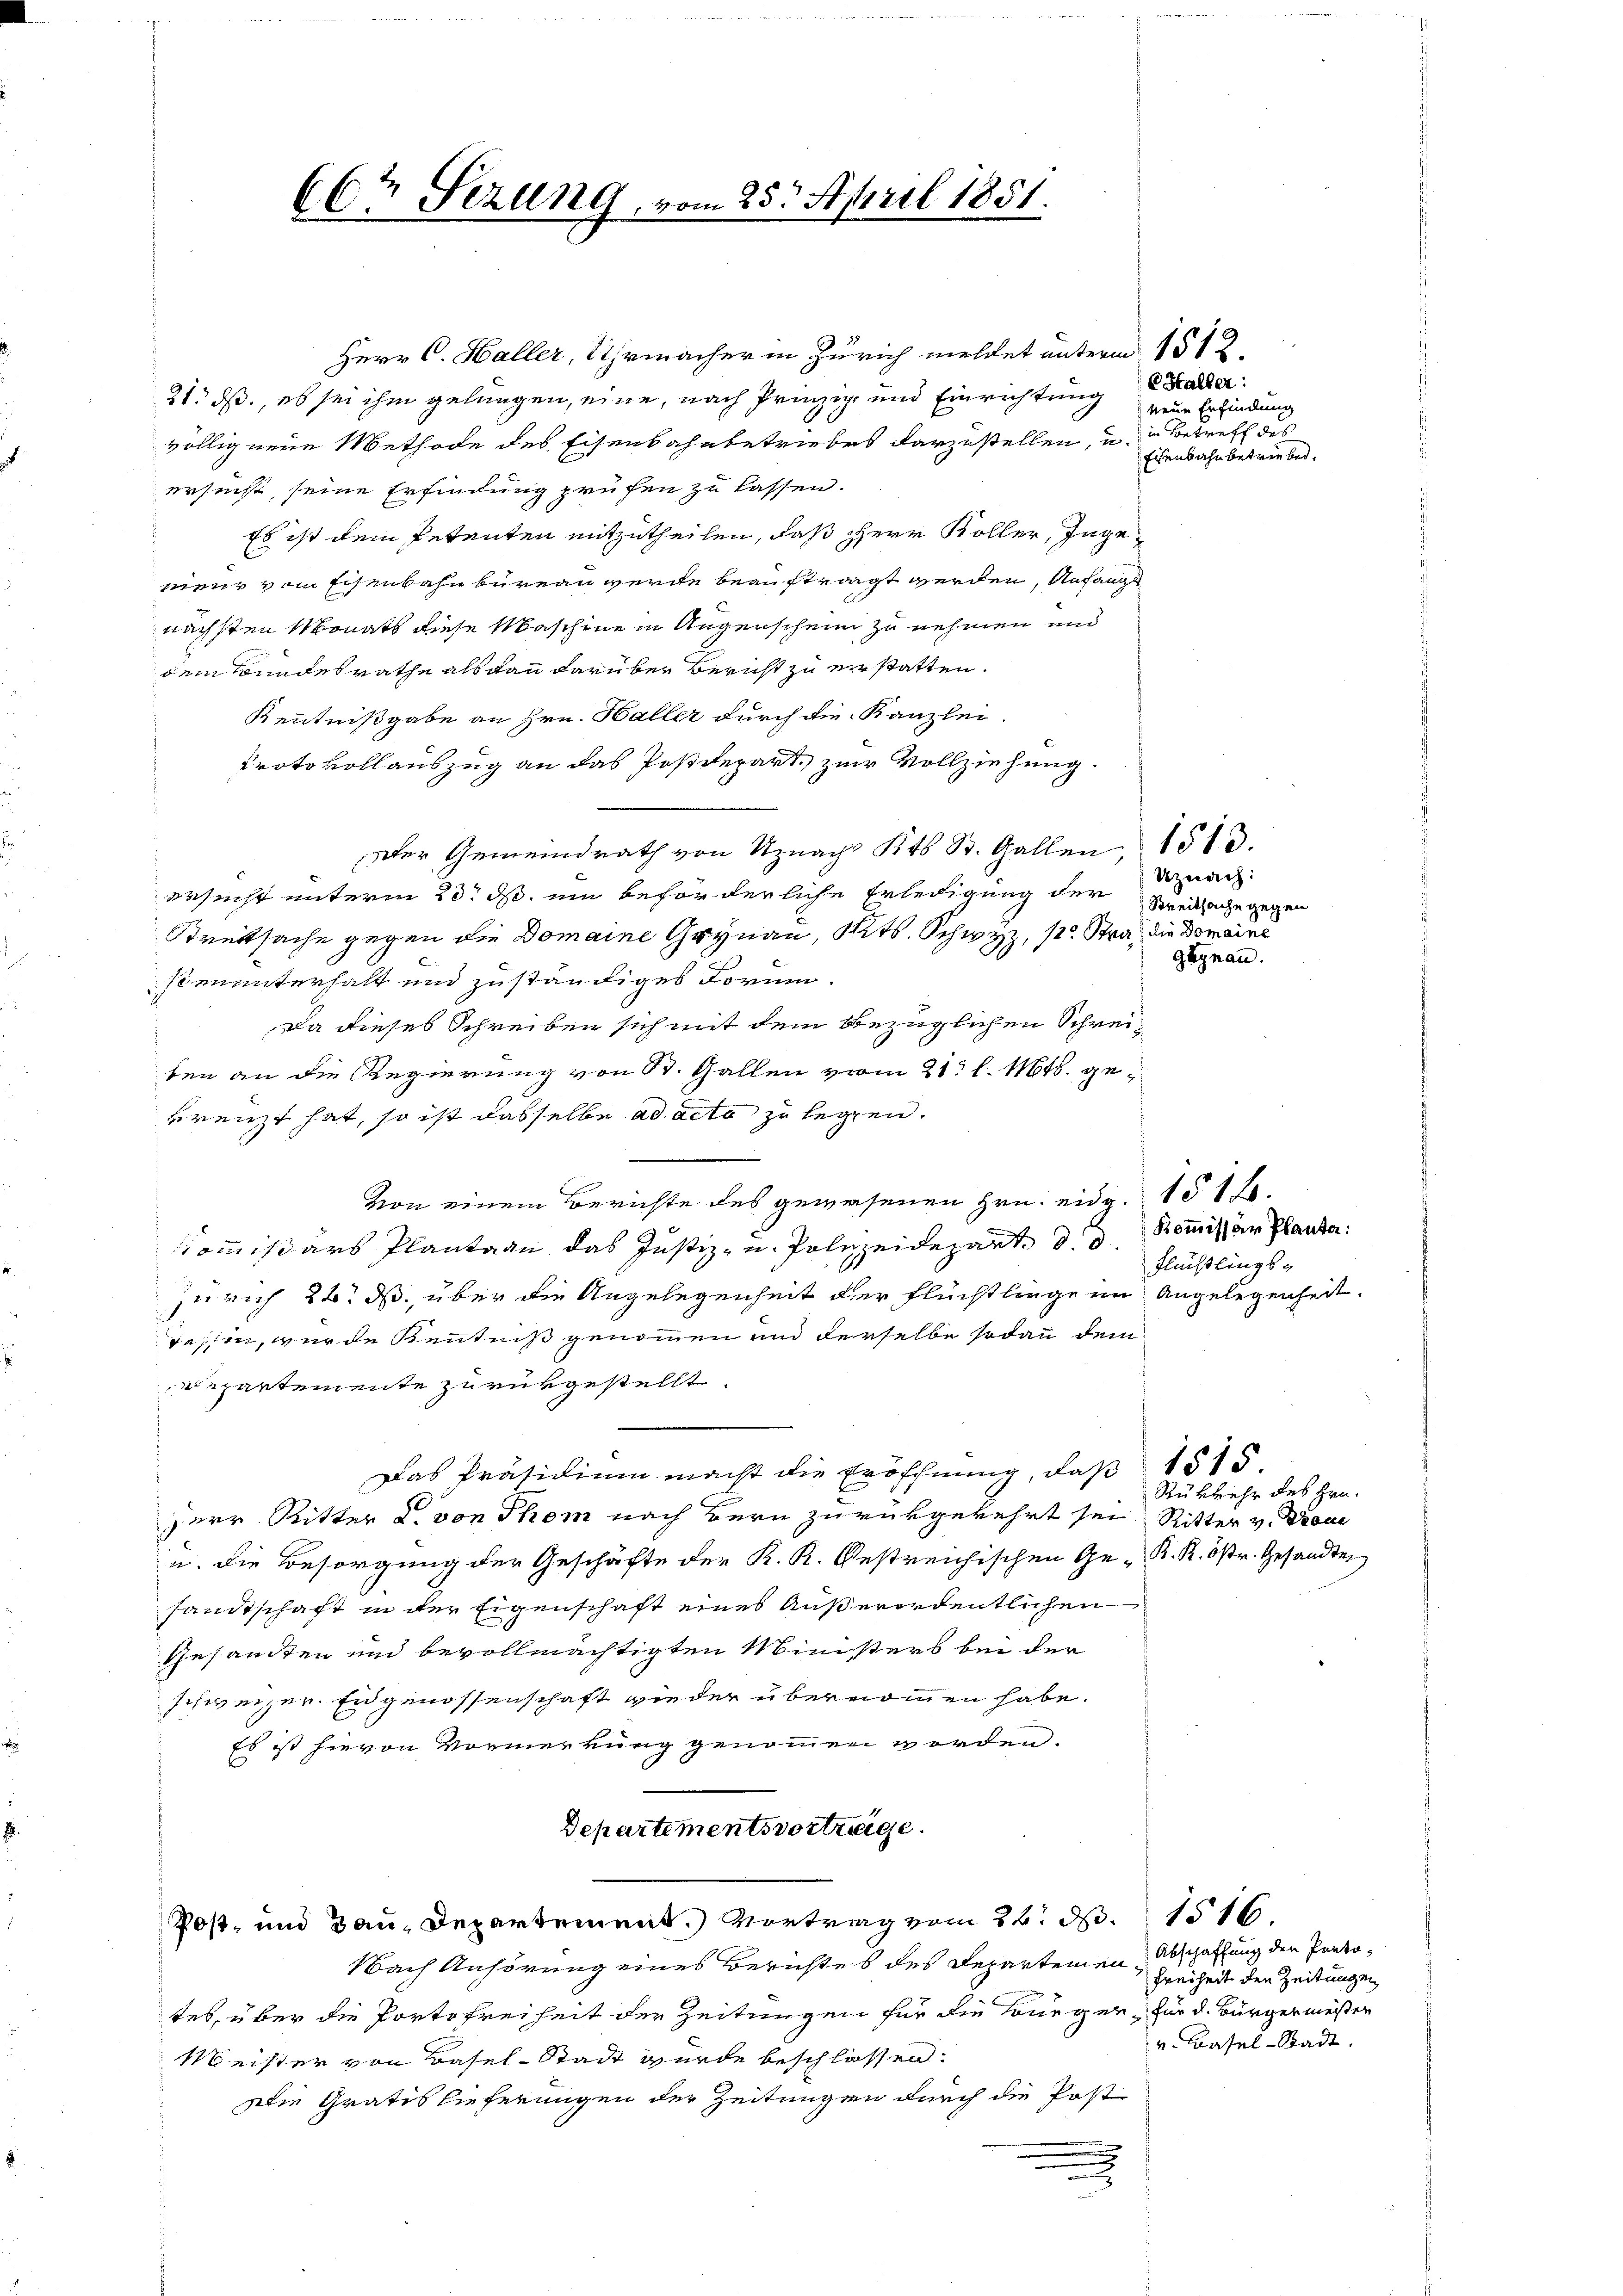
(Cr Sezung, vom 25. April 1851.

Post- und Bau-Departement.) Vortrag vom 26. d. 151.
Nach Anhörung eines Berichtes des Departemen, zuerheit den Zeitungen

Herr C. Haller, Uhrmacher in Zürich mehret unterm 1512
21. ds., es sei ihm gelungen, eine, nach Prinzip und Einrichtung
völlig neue Methode des Eisenbahnbetriebes darzustellen, u. in Betreff des
ersucht, seine Erfindung prüfen zu lassen.
Es ist dem Petenten mitzutheilen, daß Herr Koller, Ingeneur vom Eisenbahn bureau werde beauftragt werden, Anfange
nächsten Monats diese Maschine in Augenschein zu nehmen und
dem Bundesrathe als dann darüber Bericht zu erstatten.
Kenntnißgabe an Hrn. Haller durch die Kanzlei-
Protokollauszug an das Postdepart, zur Vollziehung.
Der Gemeindrath von Uznach Kts St. Gallen, 1513.
ersucht unterm 20. ds. ein beförderliche Erledigung der Kreisache gegen
Streitsache gegen die Domaine Grynau, Kts. Schwyz, 1. Stra die Domaine
senunterhalt und zuständiges Torni.
Da dieses Schreiben sich mit dem bezüglichen Schreiben an die Regierung von St. Gallen vom 21. l. Mts. gekreuzt hat, so ist dasselbe ad acta zu legen.
von einem Berichte des gewesenen Hrn. eidg. 151 f.
Commissärs Plantaan das Justiz- u. Polizeidepart. d. d.
zurich 24. ds. über die Angelegenheit der Flüchtliege im Angelegenheit,
Festen, wurde Kenntniß genommen und derselbe sodann dem
epartemente zurükgestellt
Das Präsidium macht die Eröffnung, daß 1515.
Herr Ritter u. von Thom nach Bern zurükgekehrt sei. Ritter v. Proce
.....
sandtschaft in der Eigenschaft eines Außerordentlichen
Gesandten und bevollmächtigten Ministers bei der
schweizer. Eidgenossenschaft wieder übernommen habe.
Es ist hievon Vormerkung genommen worden.
Departementsvortrage.

.

E Haller:
neue Erfindung
Eisenbahn betriebe.

tes, über die Portofreiheit der Zeitungen für die Bürger, für d. Bürgermester
Meister von Basel-Stadt wurde beschlossen:
Die Gratis lieferungen der Zeitungen durch die Post
x

Uznach:
gagnau.

Kommissär Planta:
Flüchtlings-

Rükkehr des Hrn.

Abschaffung den Portov. Basel-Stadt.